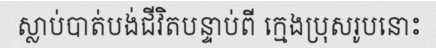
ស្លាប់បាត់បង់ជីវិតបន្ទាប់ពី ក្មេងប្រុសរូបនោះ